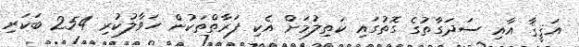
އަޤީޤާ އާއި ސަދަގާތުގެ ގޮތުގައި ކަތިލުމަށް އެކި ފަރާތްތަކުން ހަވާލުކުރި 254 ބަކަރި